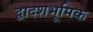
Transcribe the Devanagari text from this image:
द्वादशभूमिक